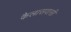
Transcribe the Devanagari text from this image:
कैलासवासी